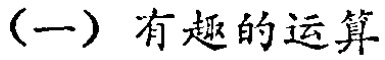
（一）有趣的运算